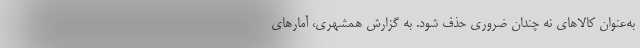
به‌عنوان کالاهای نه چندان ضروری حذف شود. به گزارش همشهری، آمارهای